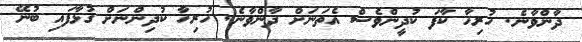
ދާންވާނެ. ހުރިހާ ކާފަ ކުދީންވެސް އެތަނަށް ދާންވާނެ. ހުރިހާ ކުދިންނަށް ގުޅާފައި ބުނޭ